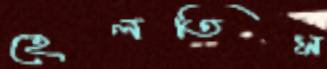
হেলতিস